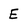
Character: E